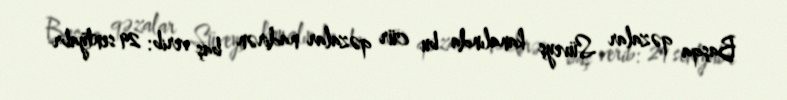
Başqa qəzalar Süveyş kanalında bu cür qəzalar nadirən baş verib: 29 sentyabr